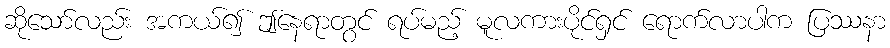
ဆိုသော်လည်း အကယ်၍ ဤနေရာတွင် ရပ်မည့် မူလကားပိုင်ရှင် ရောက်လာပါက ပြဿနာ